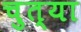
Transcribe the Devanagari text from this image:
चुत्या